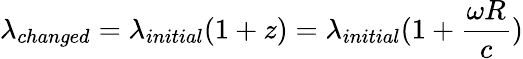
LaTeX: \lambda_{changed}=\lambda_{initial}(1+z)=\lambda_{initial}(1+\frac{\omega R}{c})